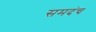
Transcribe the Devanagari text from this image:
समदंच